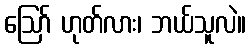
ဪ ဟုတ်လား၊ ဘယ်သူလဲ။